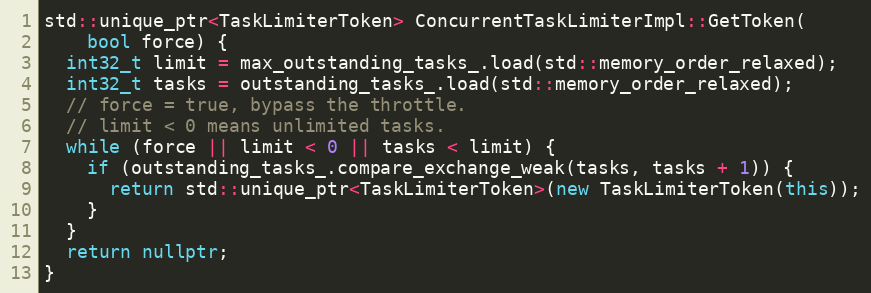
Language: C++
std::unique_ptr<TaskLimiterToken> ConcurrentTaskLimiterImpl::GetToken(
    bool force) {
  int32_t limit = max_outstanding_tasks_.load(std::memory_order_relaxed);
  int32_t tasks = outstanding_tasks_.load(std::memory_order_relaxed);
  // force = true, bypass the throttle.
  // limit < 0 means unlimited tasks.
  while (force || limit < 0 || tasks < limit) {
    if (outstanding_tasks_.compare_exchange_weak(tasks, tasks + 1)) {
      return std::unique_ptr<TaskLimiterToken>(new TaskLimiterToken(this));
    }
  }
  return nullptr;
}